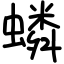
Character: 蝼